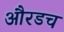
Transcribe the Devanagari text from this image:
औरडच